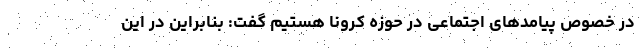
در خصوص پیامدهای اجتماعی در حوزه کرونا هستیم گفت: بنابراین در این